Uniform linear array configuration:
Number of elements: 12
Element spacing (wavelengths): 0.25
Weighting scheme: kaiser
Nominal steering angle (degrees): -45
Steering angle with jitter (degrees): -44.521
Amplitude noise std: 0.05
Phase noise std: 0.05

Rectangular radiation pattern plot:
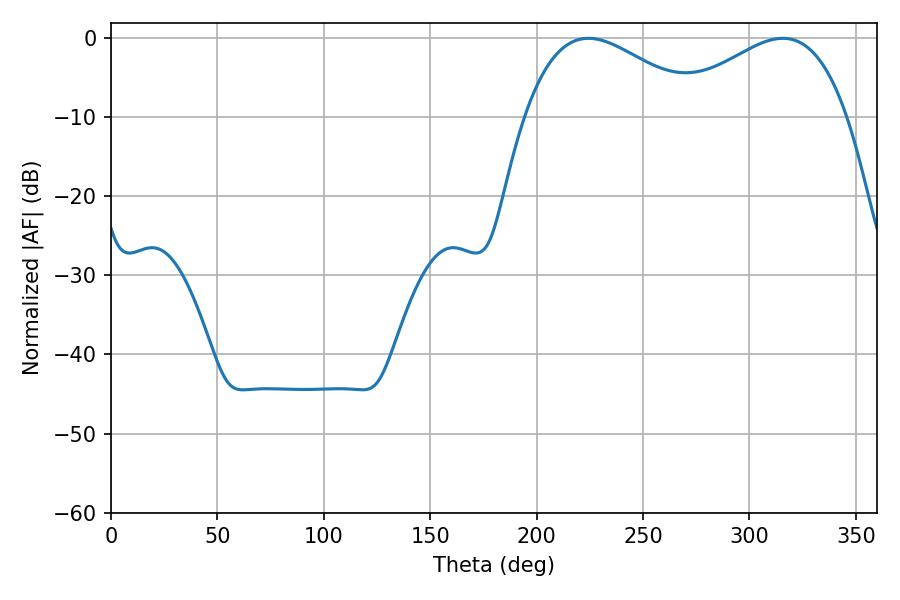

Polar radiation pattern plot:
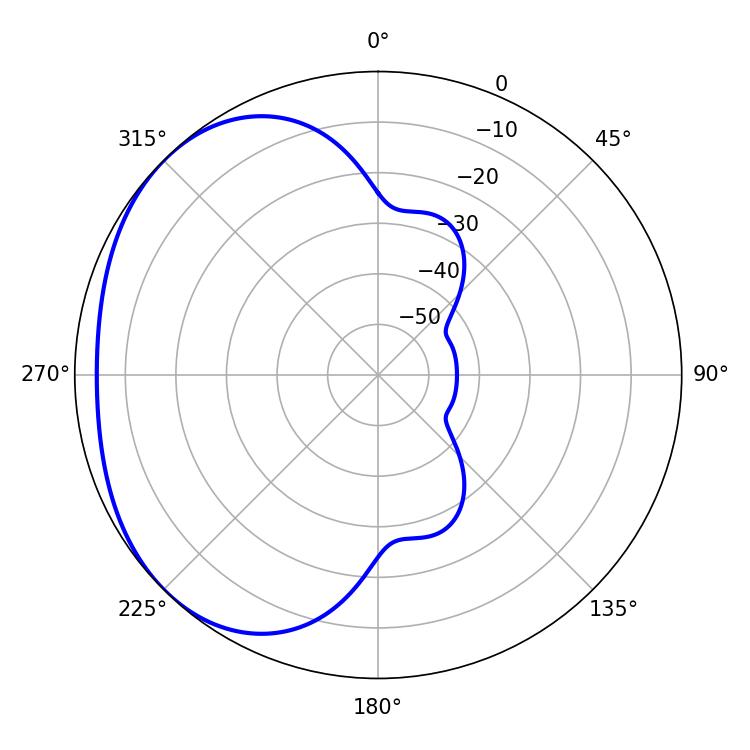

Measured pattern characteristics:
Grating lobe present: FALSE
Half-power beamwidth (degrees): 45.36
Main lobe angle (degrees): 224.28